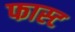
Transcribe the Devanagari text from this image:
फास्‍ट